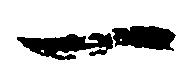
一